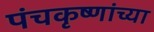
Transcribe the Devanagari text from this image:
पंचकृष्णांच्या